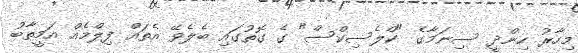
މިހާރު ހިންދީ ސިނަމާގެ "ކްލެސިކްސް" ގެ ގޮތުގައި ބެލެވޭ އެތައް ފިލްމެއް އަމީތާބު